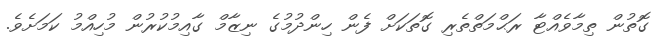
ގޮތުން ތިމާވެއްޓާ ރަޙްމަތްތެރި ގޮތަކަށް ފެން ހިންދުމުގެ ނިޒާމް ގާއިމުކުރުން މުހިއްމު ކަމަށެވެ.